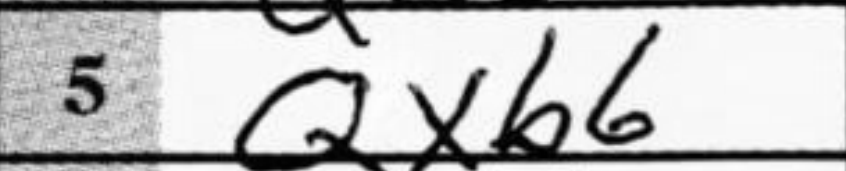
Transcription: Qxb6